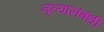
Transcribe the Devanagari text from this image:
नृत्यासंबंधी